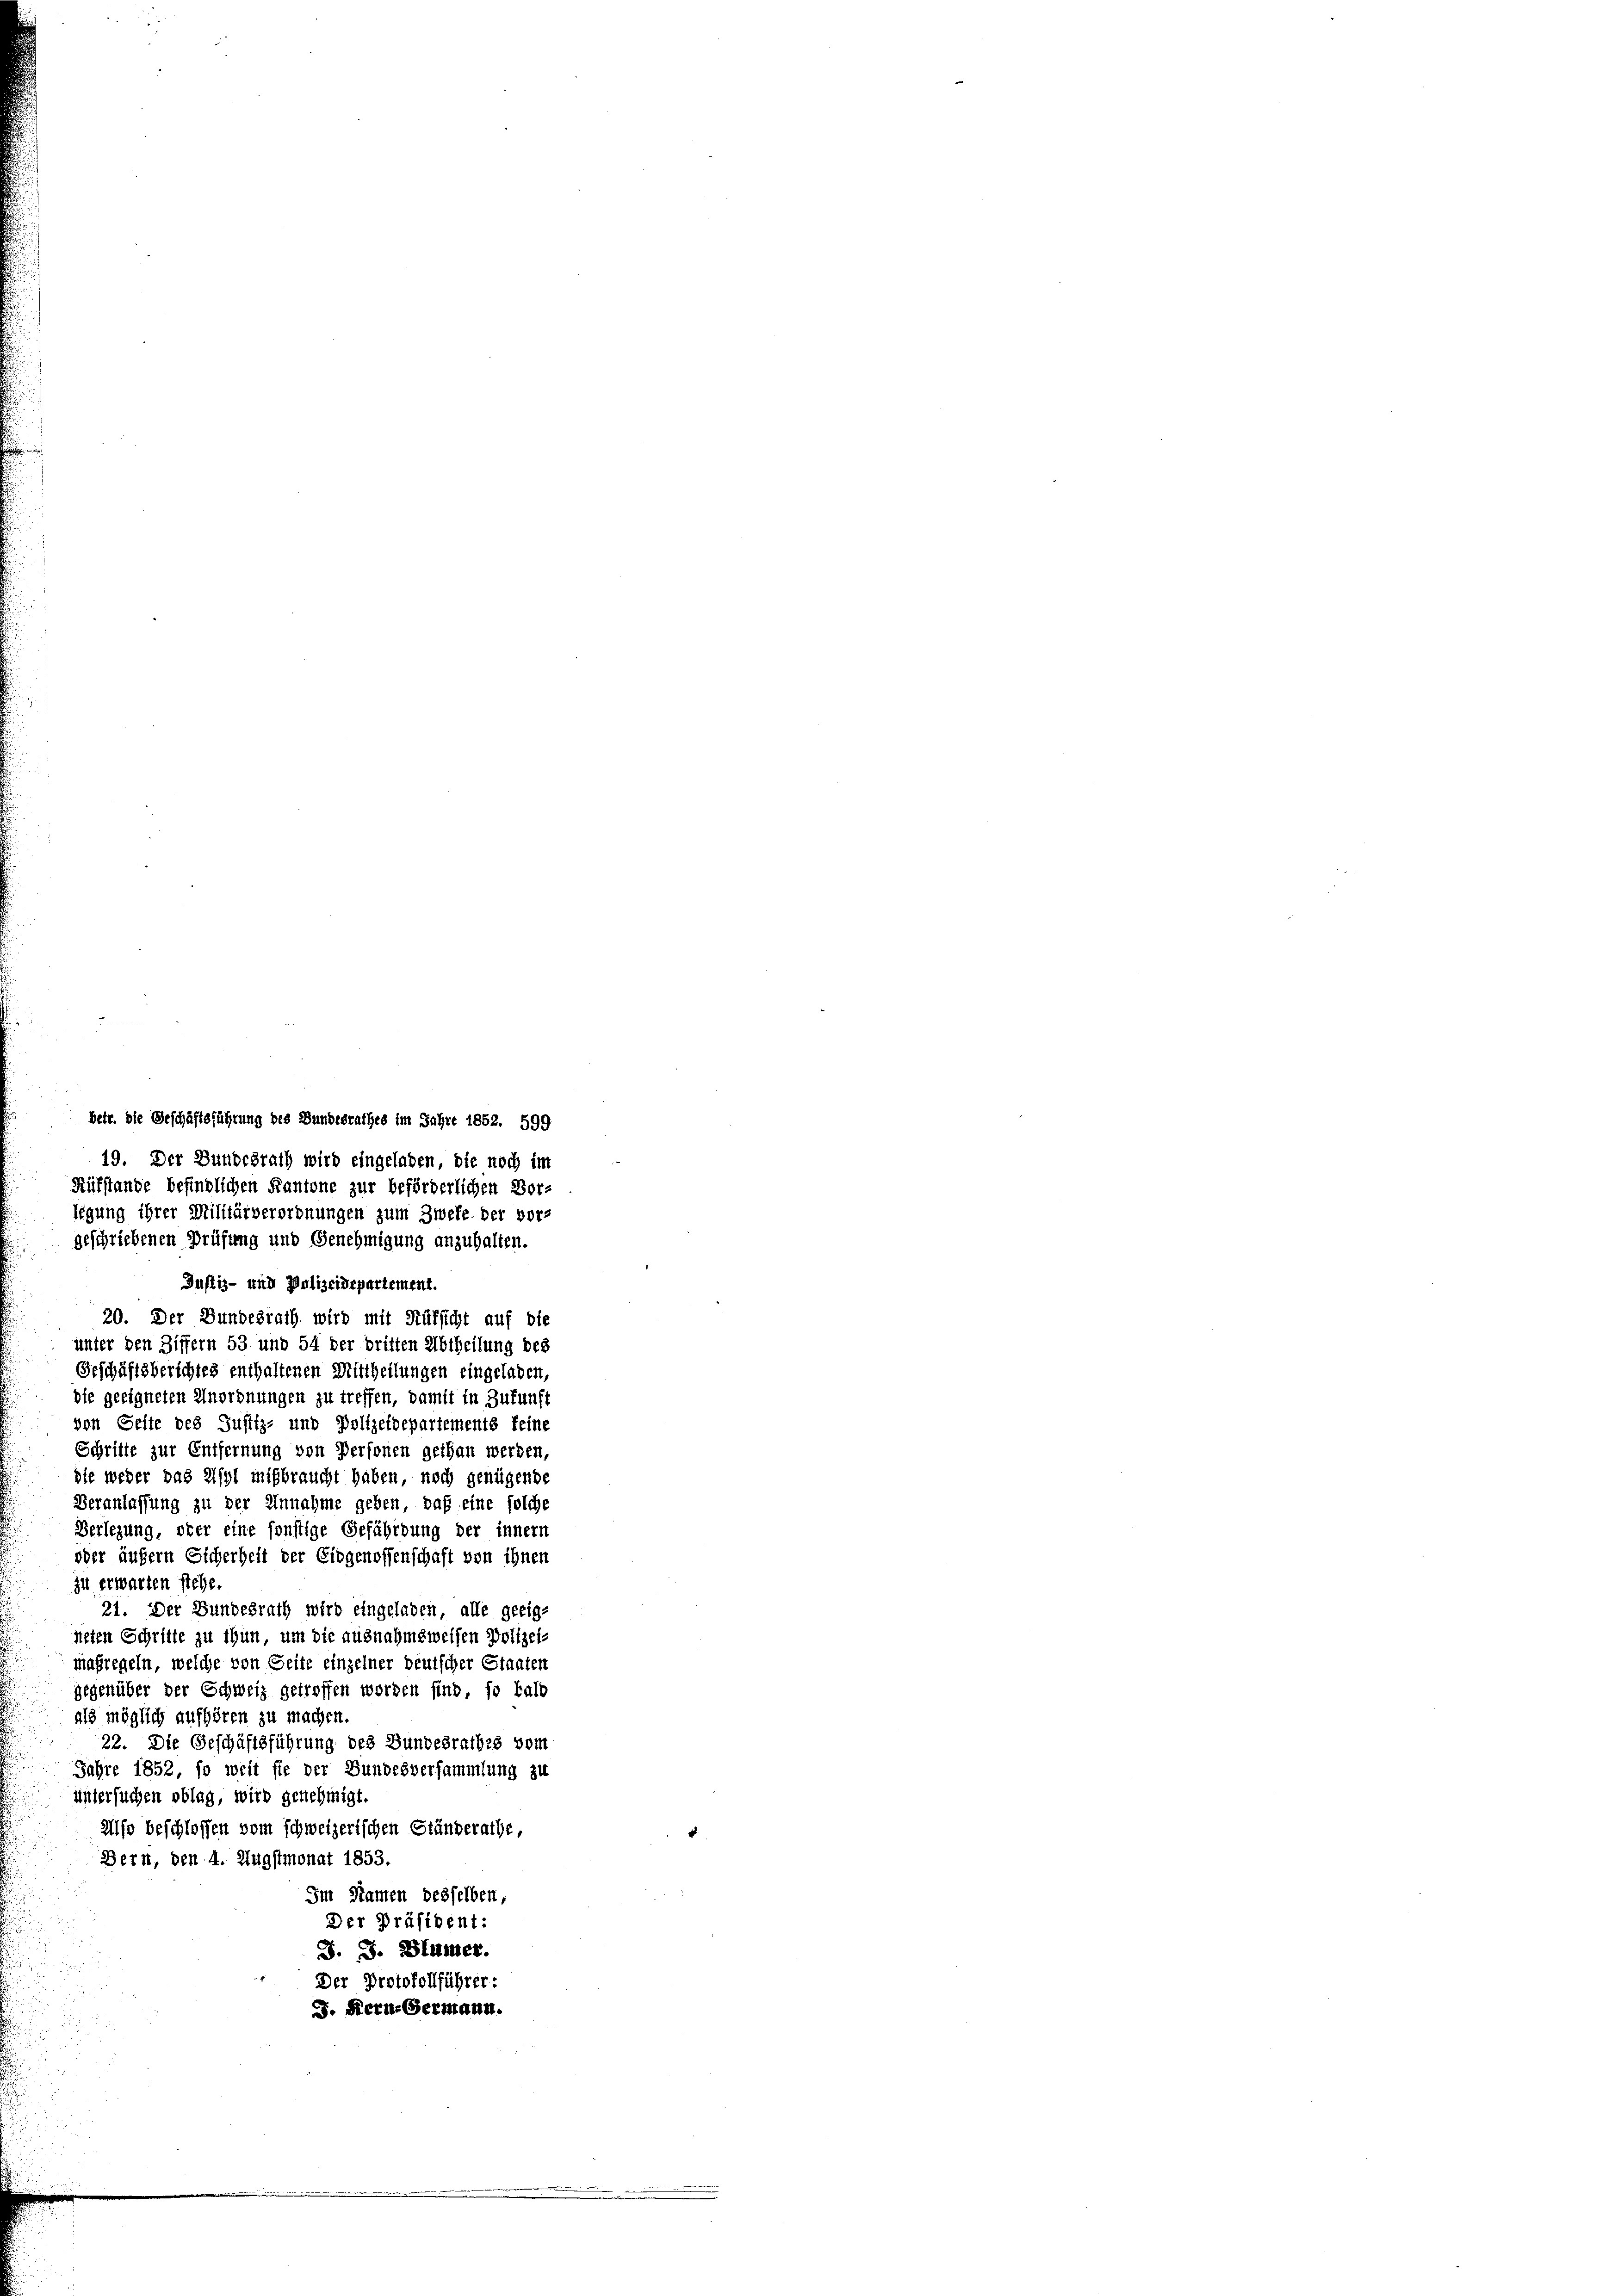
betr. die Geschäftsführung des Bundesrathes im Jahre 1852. 599
19. Der Bundesrath wird eingeladen, die noch im
Aufstande befindlichen Kantone zur beförderlichen Vor-
legung ihrer Militärverordnungen zum Zweke der vor-
geschriebenen Prüfung und Genehmigung anzuhalten.
Justiz- und Polizeidepartement.
20. Der Bundesrath wird mit Rüksicht auf die
unter den Ziffern 53 und 54 der britten Abtheilung des
Geschäftsberichtes enthaltenen Mittheilungen eingeladen,
die geeigneten Anordnungen zu treffen, damit in Zukunft
von Seite des Justiz- und Polizeidepartements feine
Schritte zur Entfernung von Personen gethan werden,
die weder das Asyl mißbraucht haben, noch genügende
Veranlassung zu der Annahme geben, daß eine solche
Verlegung, oder eine sonstige Gefährdung der innern
oder äußern Sicherheit der Eidgenossenschaft von ihnen
zu erwarten stehe.
21. Der Bundesrath wird eingeladen, alle geeig-
neten Schritte zu thun, um die ausnahmsweisen Polizei-
maßregeln, welche von Seite einzelner deutscher Staaten
gegenüber der Schweiz getroffen worden sind, so bald
als möglich aufhören zu machen.
22. Die Geschäftsführung des Bundesrathes vom
Jahre 1852, so weit sie der Bundesversammlung zu
untersuchen oblag, wird genehmigt.
also beschlossen vom schweizerischen Ständerathe,
Bern, den 4. Augstmonat 1853.
Im Namen desselben,
Der Präsident:
J. J. Blümer.
Der Protokollführer:
J. Kern-Germann.